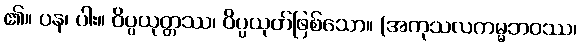
၏။ ပန၊ ပါး။ ဝိပ္ပယုတ္တဿ၊ ဝိပ္ပယုတ်ဖြစ်သော။ (အကုသလကမ္မဘဝဿ၊